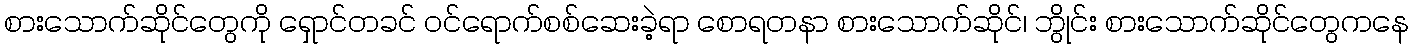
စားသောက်ဆိုင်တွေကို ရှောင်တခင် ဝင်ရောက်စစ်ဆေးခဲ့ရာ စောရတနာ စားသောက်ဆိုင်၊ ဘွိုင်း စားသောက်ဆိုင်တွေကနေ